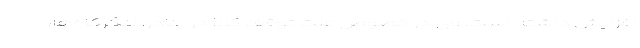
افزایش داشته است. وی در خصوص علت توقف کالا در بنادر، لنگرگاه‌ها،